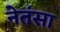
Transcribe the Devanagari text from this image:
नेतंसा